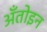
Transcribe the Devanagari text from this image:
अँतोइन